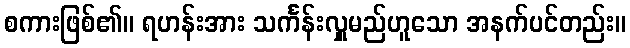
စကားဖြစ်၏။ ရဟန်းအား သင်္ကန်းလှူမည်ဟူသော အနက်ပင်တည်း။